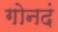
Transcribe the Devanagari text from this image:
गोनदं